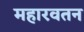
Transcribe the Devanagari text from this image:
महारवतन